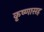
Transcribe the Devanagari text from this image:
कृष्णासह